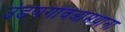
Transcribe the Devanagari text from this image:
उंडणगांवआमथाना